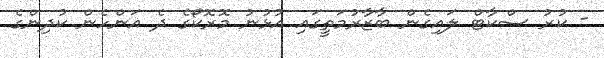
- ކުރު ސްކާޓް ލައިގެން ބާޒާރުމަތީގައި އުޅުނު މޮރޮކޯގެ ދެ އަންހެން ކުދިންގެ